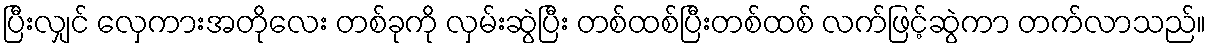
ပြီးလျှင် လှေကားအတိုလေး တစ်ခုကို လှမ်းဆွဲပြီး တစ်ထစ်ပြီးတစ်ထစ် လက်ဖြင့်ဆွဲကာ တက်လာသည်။